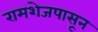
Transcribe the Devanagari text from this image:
रामशेजपासून